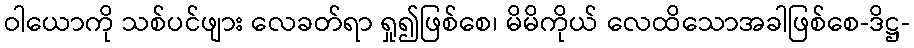
ဝါယောကို သစ်ပင်ဖျား လေခတ်ရာ ရှု၍ဖြစ်စေ၊ မိမိကိုယ် လေထိသောအခါဖြစ်စေ-ဒိဋ္ဌ-